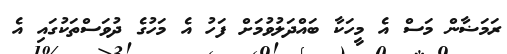
ރަމަޟާން މަސް އެ މީހަކާ ބައްދަލުވުމަށް ފަހު އެ މަހުގެ ދުވަސްތަކުގައި އެ